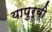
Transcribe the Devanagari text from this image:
यापुर्वी